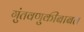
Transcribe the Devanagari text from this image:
गुंतवणुकीबाबत